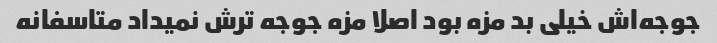
جوجه‌اش خیلی بد مزه بود اصلا مزه جوجه ترش نمیداد متاسفانه